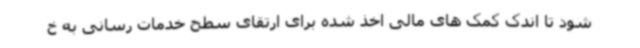
شود تا اندک کمک های مالی اخذ شده برای ارتقای سطح خدمات رسانی به خ